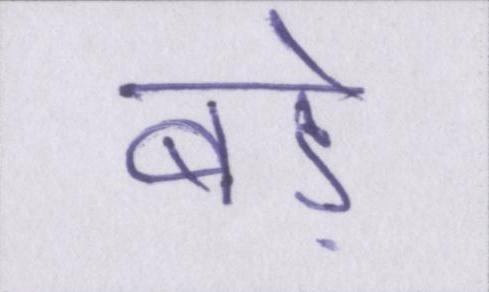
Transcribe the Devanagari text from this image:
बड़े